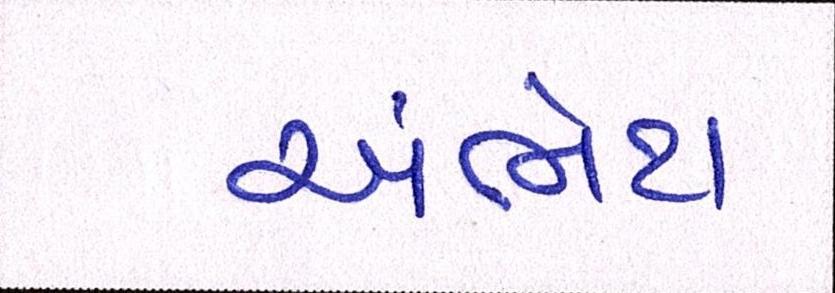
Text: અંભેટા